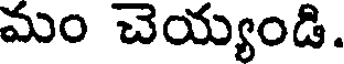
మం చెయ్యండి.